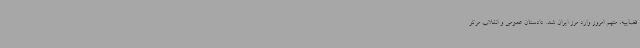
قضاییه، متهم امروز وارد مرز ایران شد. دادستان عمومی و انقلاب مرکز